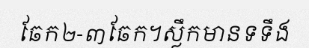
ឆែក២-៣ឆែក។ស្លឹកមានទទឹង